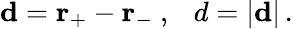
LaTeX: \mathbf{d}=\mathbf{r}_{+}-\mathbf{r}_{-}\ ,\ \ \ d=|\mathbf{d}|\, .